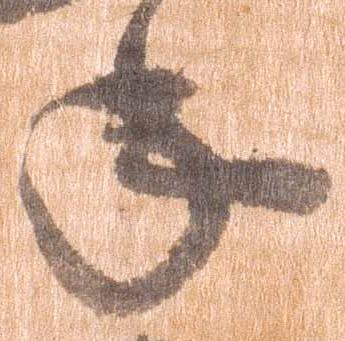
年